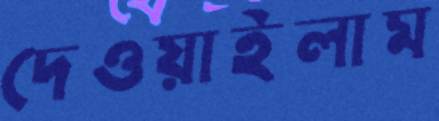
দেওয়াইলাম